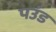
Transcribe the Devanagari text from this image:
पउंड